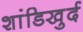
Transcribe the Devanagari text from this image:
शांडिखुर्द